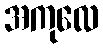
အကုလေ